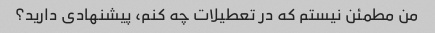
من مطمئن نیستم که در تعطیلات چه کنم، پیشنهادی دارید؟